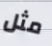
مثل